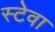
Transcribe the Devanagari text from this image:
स्टेवा